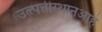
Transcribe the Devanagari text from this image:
उत्त्पत्तीस्थानआहे